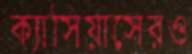
ক্যাসিয়াসেরও